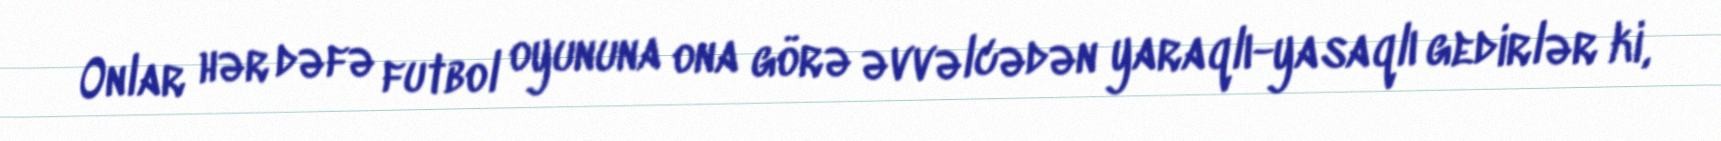
Onlar hər dəfə futbol oyununa ona görə əvvəlcədən yaraqlı-yasaqlı gedirlər ki,